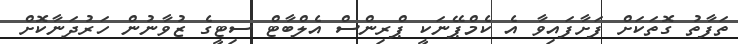
ތަފާތު ގޮތަކަށް ފަށާފައިވާ އެ ކެމްޕޭނަކީ ޕްރިންސް އެލްބާޓް ސިޓީގެ ޒުވާނުން ހަރުދަނާކޮށް